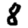
Digit: 8